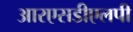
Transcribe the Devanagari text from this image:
आरएसडीएलपी